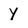
Character: y